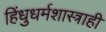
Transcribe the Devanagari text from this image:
हिंधुधर्मशास्त्राही